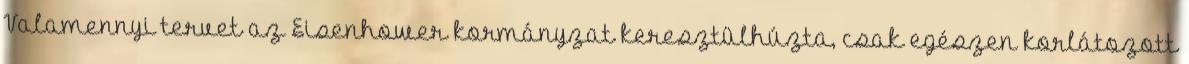
Valamennyi tervet az Eisenhower kormányzat keresztülhúzta, csak egészen korlátozott